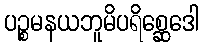
ပဉ္စမနယဘူမိပရိစ္ဆေဒေါ